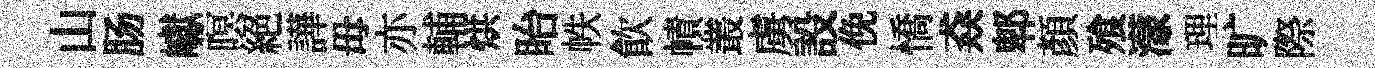
山肠巘暝絕譁毋亦輔烘眙帙飲幘叢虜設俛憍猋郫顏飱濛理旷際